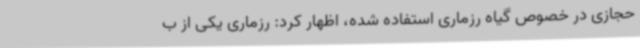
حجازی در خصوص گیاه رزماری استفاده شده، اظهار کرد: رزماری یکی از ب